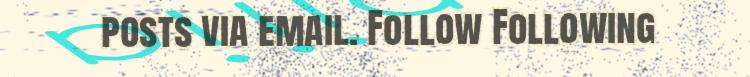
posts via email. Follow Following